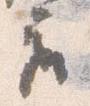
座